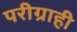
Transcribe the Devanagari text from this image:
परीग्राही